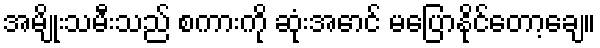
အမျိုးသမီးသည် စကားကို ဆုံးအောင် မပြောနိုင်တော့ချေ။